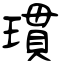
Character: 瑻